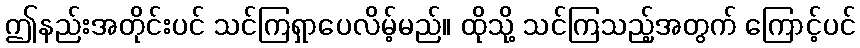
ဤနည်းအတိုင်းပင် သင်ကြရှာပေလိမ့်မည်။ ထိုသို့ သင်ကြသည့်အတွက် ကြောင့်ပင်